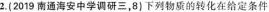
2.(2019南通海安中学调研三，8)下列物质的转化在给定条件